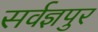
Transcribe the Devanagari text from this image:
सर्वज्ञपुर